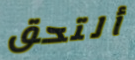
ألتحق